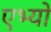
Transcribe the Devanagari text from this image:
एभ्यो